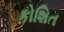
કોશિત